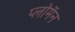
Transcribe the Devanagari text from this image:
प्लोमॅन